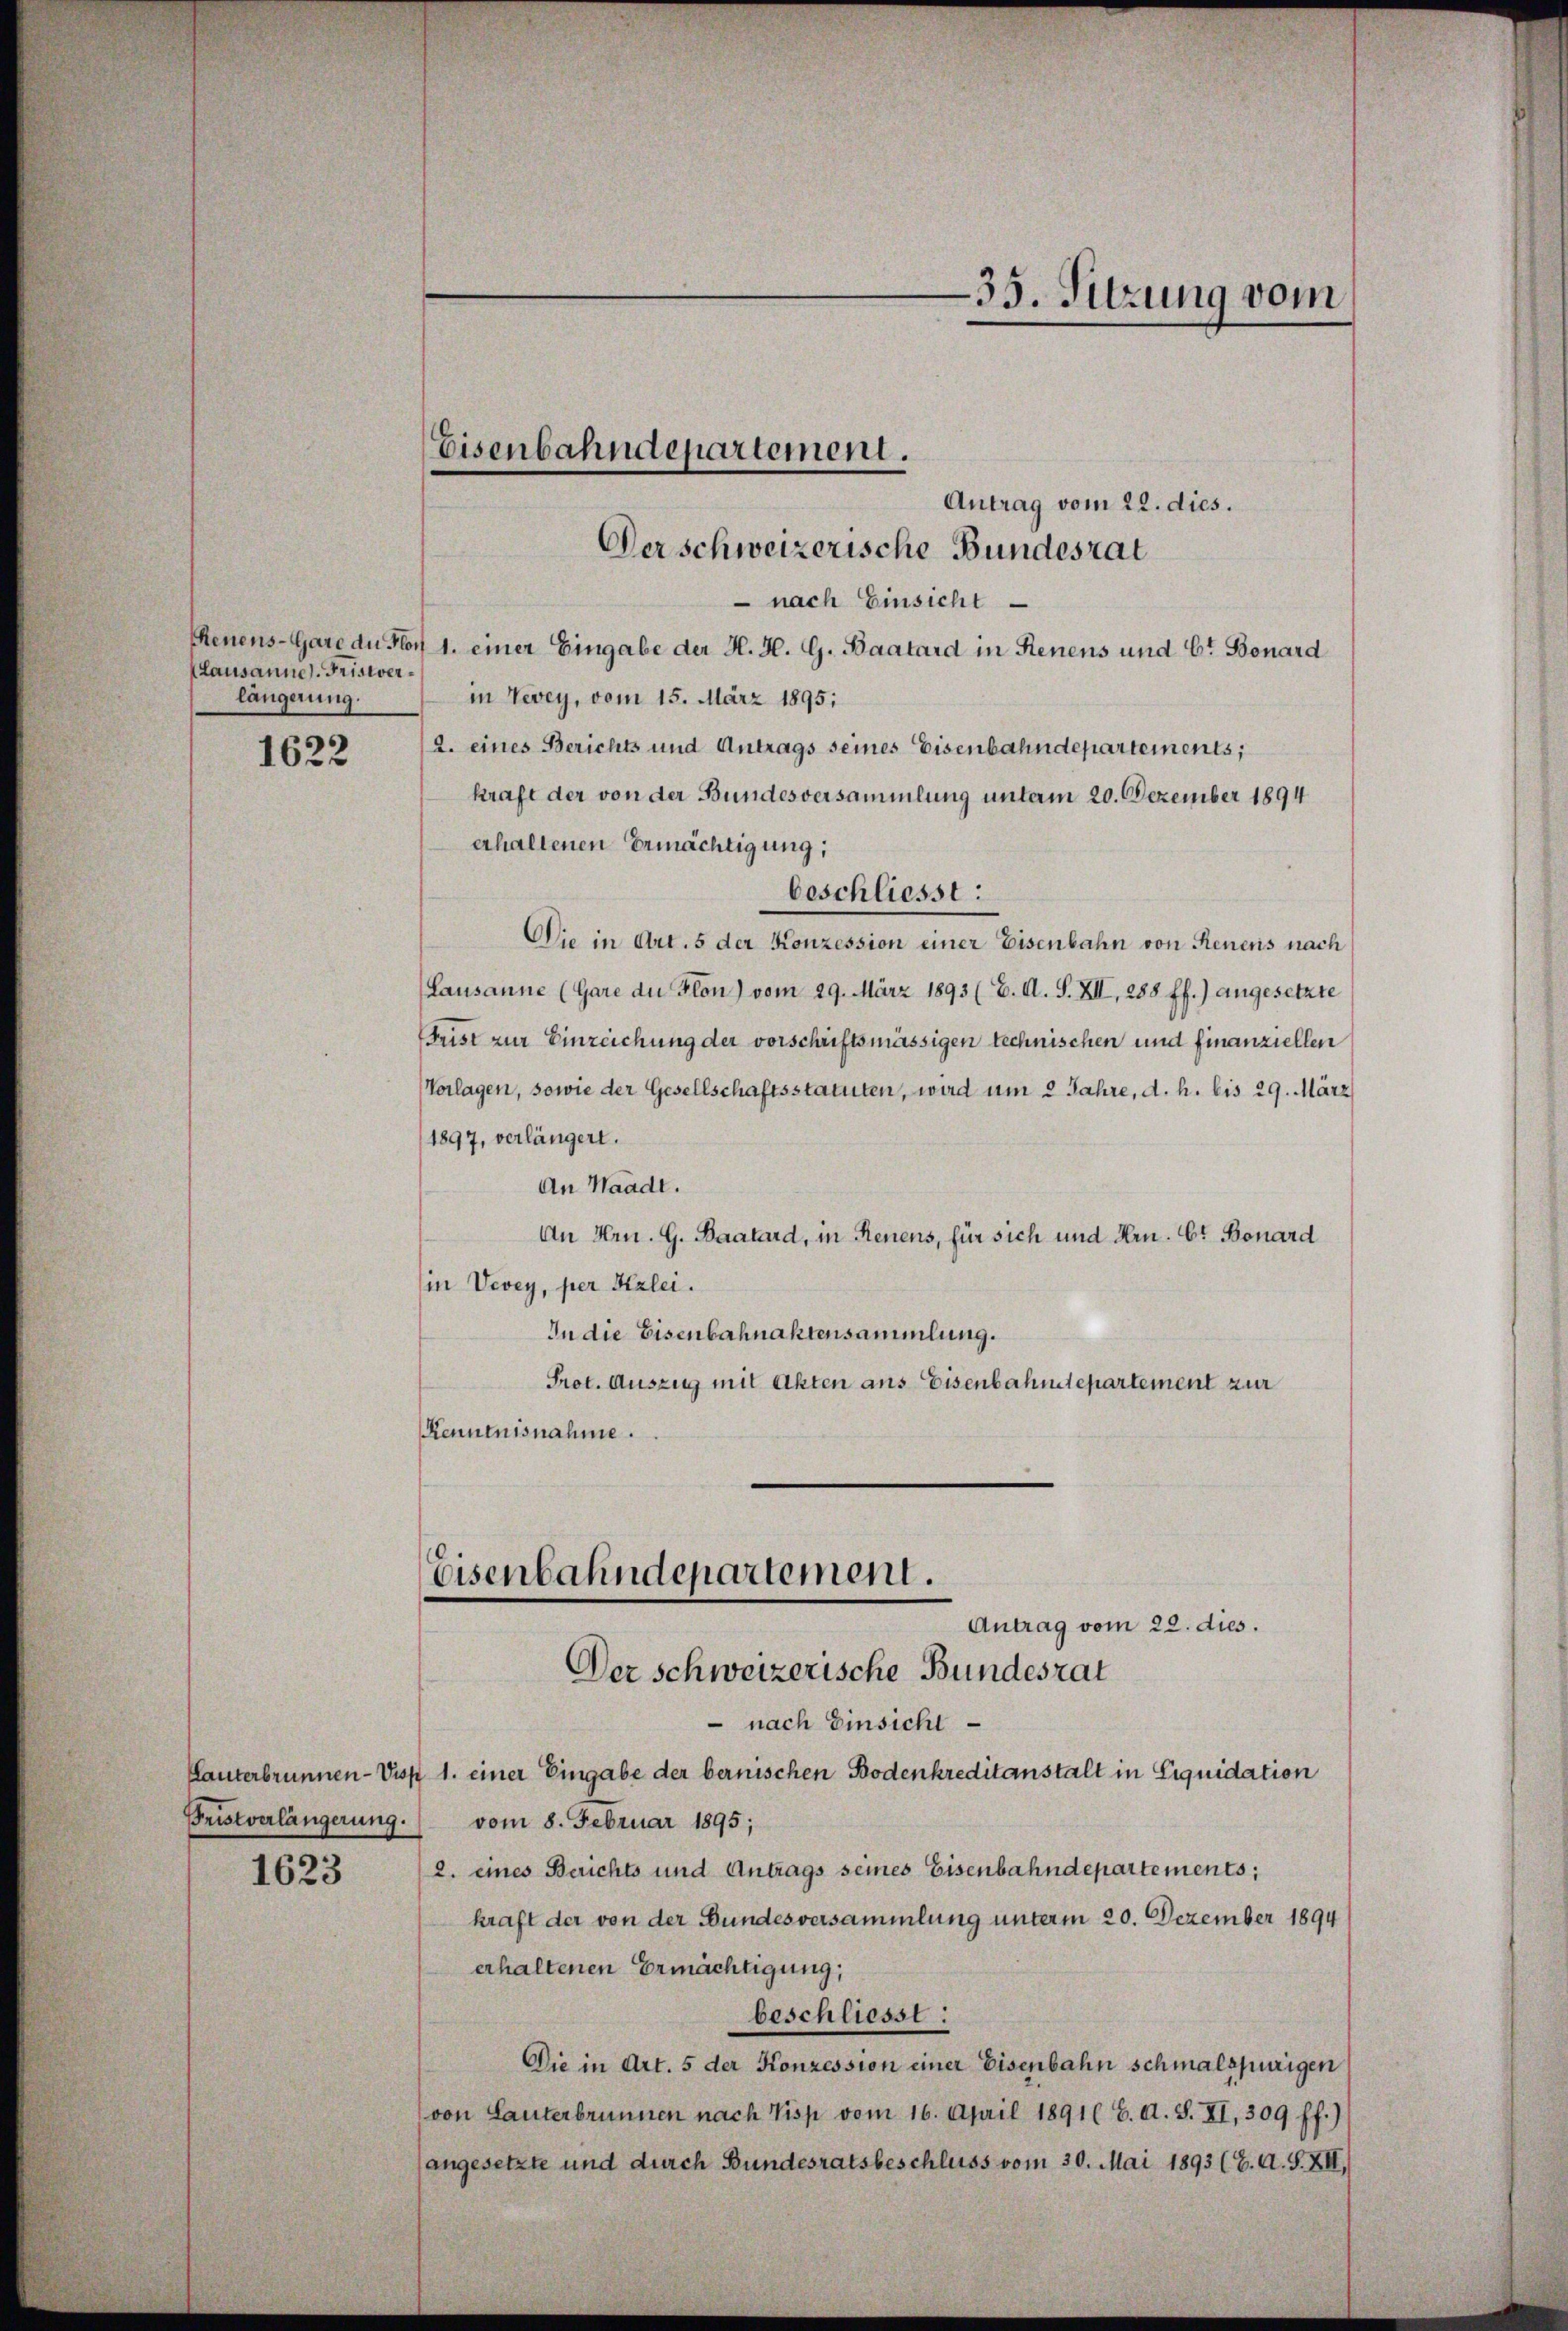
Lausannes. Fristverlängerung.

1622

1623

Antrag vom 22. dies.
Derschweizerische Bundesrat
 nach Einsicht
Chenens-Gare du Flor 1. einer Eingabe der H. H. G. Baatard in Renens und C. Bonard
in Vevey, vom 15. März 1895;
2. eines Berichts und Antrags seines Eisenbahndepartements,
kraft der von der Bundesversammlung unterm 20. Dezember 1894
erhaltenen Ermächtigung;
Die in Art. 5 der Konzession einer Eisenbahn von Reneris nach
(Lausanne (Gare du Flon) vom 29. März 1893 (E. A. S. XII, 288 ff.) angesetzte
Frist zur Einzeichung der vorschriftsmässigen technischen und finanziellen
Vorlagen, sowie der Gesellschaftsstatuten, wird um 2 Jahre, d. h. bis 29. März
1897, verlängert.
An Waadt.
An Hrn. G. Baatard, in Renens, für sich und Hrn. Et Bonard
in Vevey, per Kzlei.
In die Eisenbahnaktensammlung.
Prot. Auszug mit Akten aus Eisenbahntepartement zur
Kenntnisnahme.
Eisenbahndepartement.
Antrag vom 22. dies.
Der schweizerische Bundesrat
 nach Einsicht
Lanterbrunnen-Disp. 1. einer Eingabe der bernischen Bodenkreditanstalt in Liquidation
Fristverlängerung.) vom 8. Februar 1895;
2. eines Berichts und Antrags seines Eisenbahndepartements;
kraft der von der Bundesversammlung unterm 20. Dezember 1894
erhaltenen Ermächtigung,
beschliesse:
Die in Art. 5 der Konzession einer Eisenbahn schmalspurigen
von Lauterbrunnen nach Visp vom 16. April 1891 (6. d. S. XI, 309 ff.)
angesetzte und durch Bundesratsbeschluss vom 30. Mai 1893 (E. A. S. XII,

Eisenbahndepartement.

beschliesst:

—35. Sitzung vom